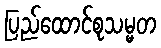
ပြည်ထောင်စုသမ္မတ